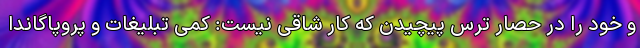
و خود را در حصار ترس پیچیدن که کار شاقی نیست: کمی تبلیغات و پروپاگاندا